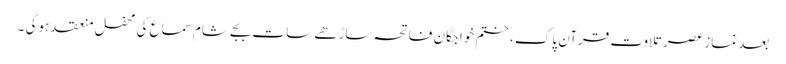
بعد نماز عصر تلاوت قرآن پاک ، ختم خواجگان فاتحہ ساڑھے سات بجے شام سماع کی محفل منعقد ہوگی ۔